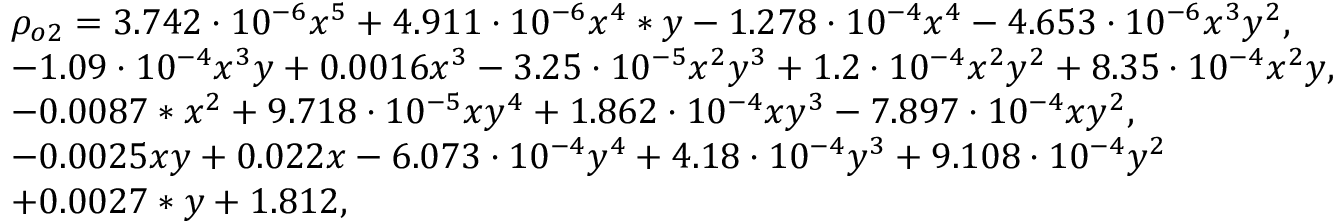
\begin{array} { r l } & { \rho _ { o 2 } = 3 . 7 4 2 \cdot 1 0 ^ { - 6 } x ^ { 5 } + 4 . 9 1 1 \cdot 1 0 ^ { - 6 } x ^ { 4 } * y - 1 . 2 7 8 \cdot 1 0 ^ { - 4 } x ^ { 4 } - 4 . 6 5 3 \cdot 1 0 ^ { - 6 } x ^ { 3 } y ^ { 2 } , } \\ & { - 1 . 0 9 \cdot 1 0 ^ { - 4 } x ^ { 3 } y + 0 . 0 0 1 6 x ^ { 3 } - 3 . 2 5 \cdot 1 0 ^ { - 5 } x ^ { 2 } y ^ { 3 } + 1 . 2 \cdot 1 0 ^ { - 4 } x ^ { 2 } y ^ { 2 } + 8 . 3 5 \cdot 1 0 ^ { - 4 } x ^ { 2 } y , } \\ & { - 0 . 0 0 8 7 * x ^ { 2 } + 9 . 7 1 8 \cdot 1 0 ^ { - 5 } x y ^ { 4 } + 1 . 8 6 2 \cdot 1 0 ^ { - 4 } x y ^ { 3 } - 7 . 8 9 7 \cdot 1 0 ^ { - 4 } x y ^ { 2 } , } \\ & { - 0 . 0 0 2 5 x y + 0 . 0 2 2 x - 6 . 0 7 3 \cdot 1 0 ^ { - 4 } y ^ { 4 } + 4 . 1 8 \cdot 1 0 ^ { - 4 } y ^ { 3 } + 9 . 1 0 8 \cdot 1 0 ^ { - 4 } y ^ { 2 } } \\ & { + 0 . 0 0 2 7 * y + 1 . 8 1 2 , } \end{array}